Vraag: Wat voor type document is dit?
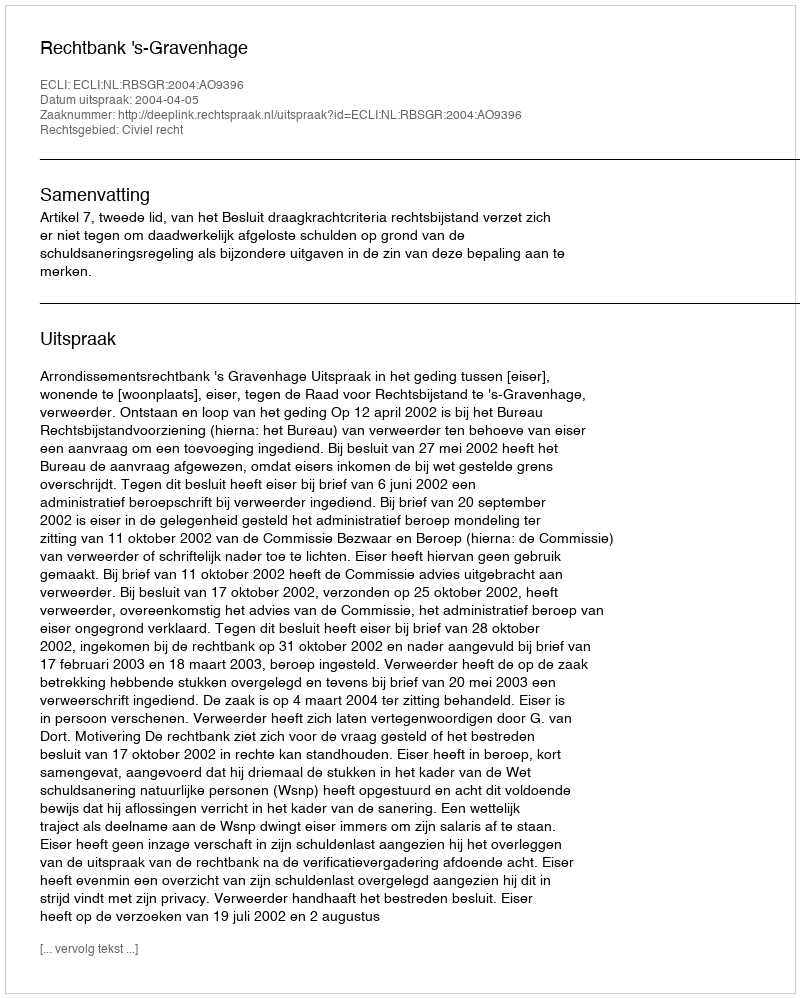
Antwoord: Uitspraak